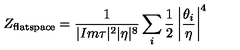
Z _ { \mathrm { f l a t s p a c e } } = { \frac { 1 } { | I m \tau | ^ { 2 } | \eta | ^ { 8 } } } \sum _ { i } { \frac { 1 } { 2 } } \left| { \frac { \theta _ { i } } { \eta } } \right| ^ { 4 }